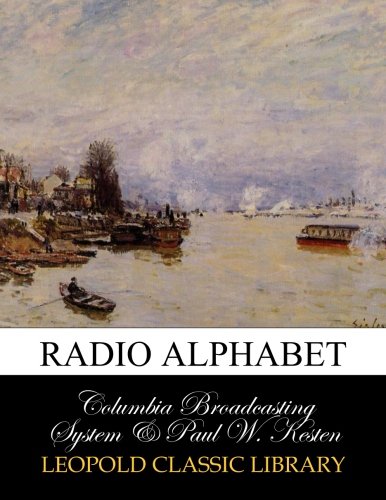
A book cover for Radio alphabet; Columbia Broadcasting System .; Humor & Entertainment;